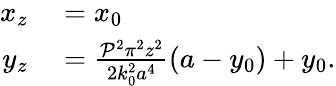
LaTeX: \begin{array}{rl}{x_{z}}&{{}=x_{0}}\\ {y_{z}}&{{}=\frac{\mathcal{P}^{2}\pi^{2}z^{2}}{2k_{0}^{2}a^{4}}\left(a-y_{0}\right)+y_{0}.}\end{array}